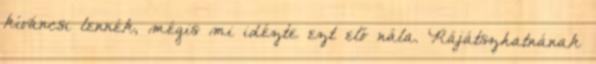
kíváncsi lennék, mégis mi idézte ezt elő nála. Rájátszhatnának